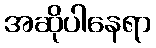
အဆိုပါနေရာ